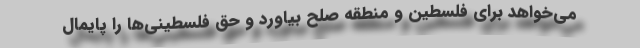
می‌خواهد برای فلسطین و منطقه صلح بیاورد و حق فلسطینی‌ها را پایمال